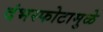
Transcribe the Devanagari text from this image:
दंभस्फोटामुळे